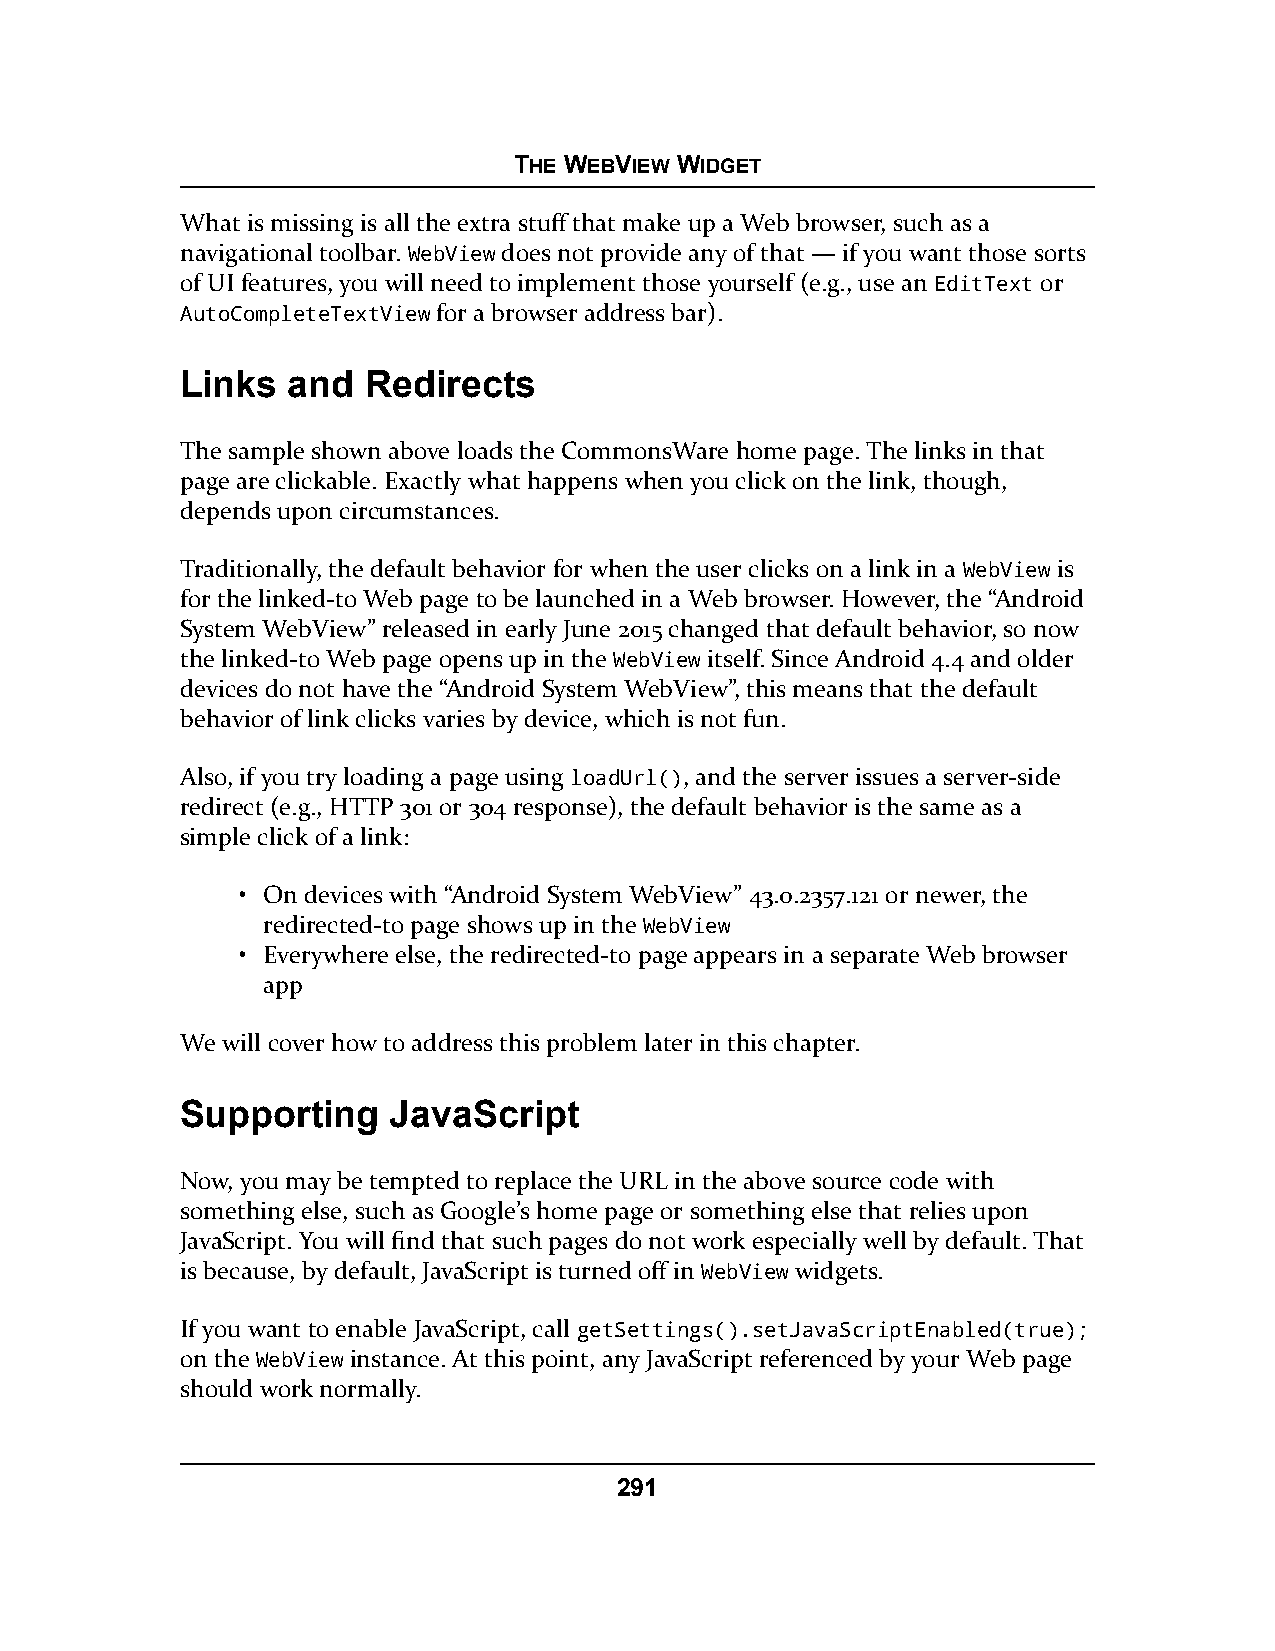
THE WEBVIEW WIDGET
 What is missing is all the extra stuff that make up a Web browser, such as a
 navigational toolbar. WebView does not provide any of that — if you want those sorts
 of UI features, you will need to implement those yourself (e.g., use an EditText or
 AutoCompleteTextView for a browser address bar).
 Links  and  Redirects
 The sample shown above loads the CommonsWare home page. The links in that
 page are clickable. Exactly what happens when you click on the link, though,
 depends upon circumstances.
 Traditionally, the default behavior for when the user clicks on a link in a WebView is
 for the linked-to Web page to be launched in a Web browser. However, the “Android
 System WebView” released in early June 2015 changed that default behavior, so now
 the linked-to Web page opens up in the WebView itself. Since Android 4.4 and older
 devices do not have the “Android System WebView”, this means that the default
 behavior of link clicks varies by device, which is not fun.
 Also, if you try loading a page using loadUrl(), and the server issues a server-side
 redirect (e.g., HTTP 301 or 304 response), the default behavior is the same as a
 simple click of a link:
 • On devices with “Android System WebView” 43.0.2357.121 or newer, the
 redirected-to page shows up in the WebView
 • Everywhere else, the redirected-to page appears in a separate Web browser
 app
 We will cover how to address this problem later in this chapter.
 Supporting    JavaScript
 Now, you may be tempted to replace the URL in the above source code with
 something else, such as Google’s home page or something else that relies upon
 JavaScript. You will find that such pages do not work especially well by default. That
 is because, by default, JavaScript is turned off in WebView widgets.
 If you want to enable JavaScript, call getSettings().setJavaScriptEnabled(true);
 on the WebView instance. At this point, any JavaScript referenced by your Web page
 should work normally.
 291